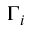
\Gamma _ { i }